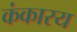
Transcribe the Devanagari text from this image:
कंकारय